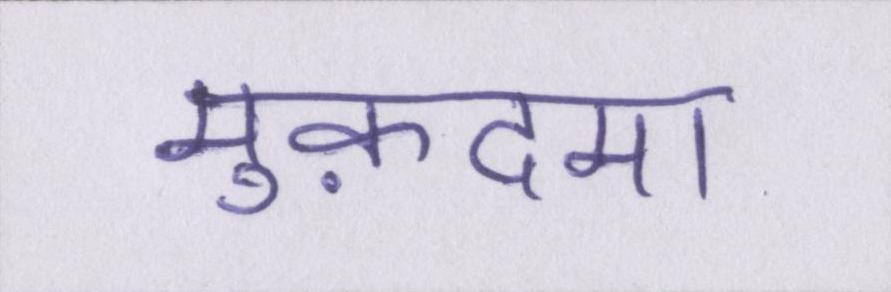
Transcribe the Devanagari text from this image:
मुक़दमा